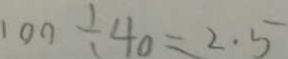
1 0 0 \div 4 0 = 2 . 5